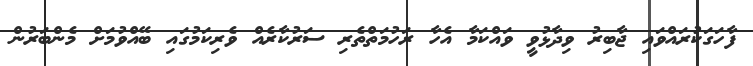
ފާހަގަކުރައްވައި ޖާބިރު ވިދާޅުވީ ވައްކަމާ އެހާ ރަހުމަތްތެރި ސަރުކާރެއް ވެރިކަމުގައި ބޭއްވުމަށް މެންބަރުން